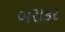
બરાકર